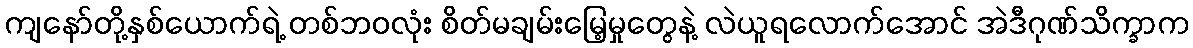
ကျနော်တို့နှစ်ယောက်ရဲ့ တစ်ဘဝလုံး စိတ်မချမ်းမြေ့မှုတွေနဲ့ လဲယူရလောက်အောင် အဲဒီဂုဏ်သိက္ခာက